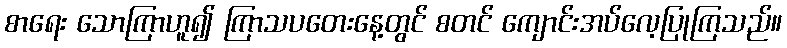
စာရေး သောကြာဟူ၍ ကြာသပတေးနေ့တွင် စတင် ကျောင်းအပ်လေ့ပြုကြသည်။